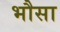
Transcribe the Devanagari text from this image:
भौसा